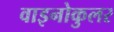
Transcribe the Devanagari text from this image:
वाइनोकुलर